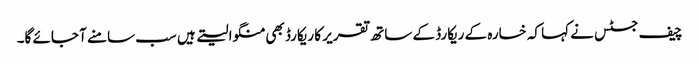
چیف جسٹس نے کہا کہ خسارہ کے ریکارڈ کے ساتھ تقریر کا ریکارڈ بھی منگوا لیتے ہیں سب سامنے آ جائے گا۔